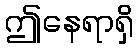
ဤနေရာရှိ